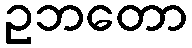
ဥဘတော